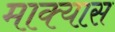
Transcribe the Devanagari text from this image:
माक्यास